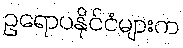
ဥရောပနိုင်ငံများက